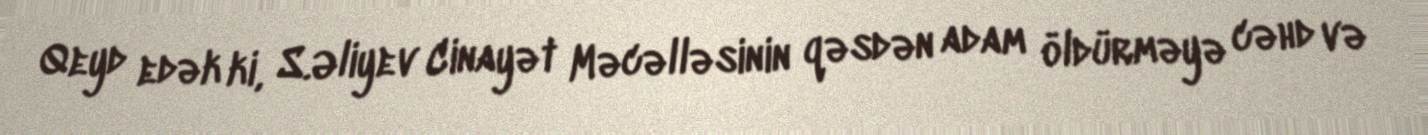
Qeyd edək ki, S.Əliyev Cinayət Məcəlləsinin qəsdən adam öldürməyə cəhd və